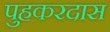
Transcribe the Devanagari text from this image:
पुहकरदास